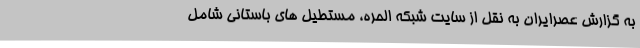
به گزارش عصرایران به نقل از سایت شبکه الحره، مستطیل های باستانی شامل